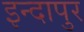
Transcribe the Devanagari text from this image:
इन्दापुर